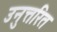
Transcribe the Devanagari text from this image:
उनुत्तरित